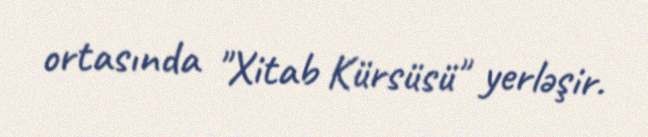
ortasında "Xitab Kürsüsü" yerləşir.